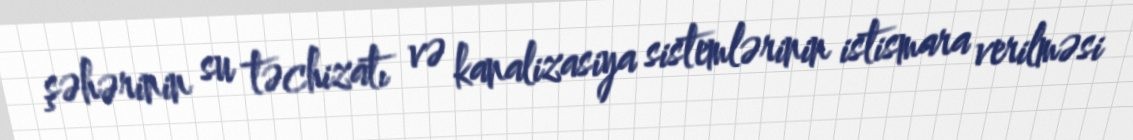
şəhərinin su təchizatı və kanalizasiya sistemlərinin istismara verilməsi